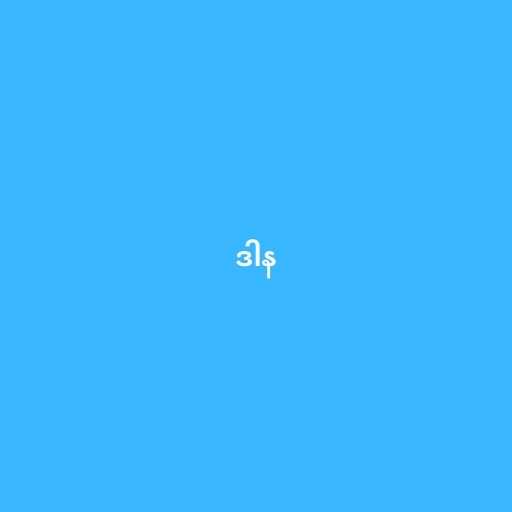
ဒါန